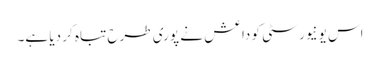
اس یونیورسٹی کو داعش نے پوری طرح تباہ کر دیا ہے۔